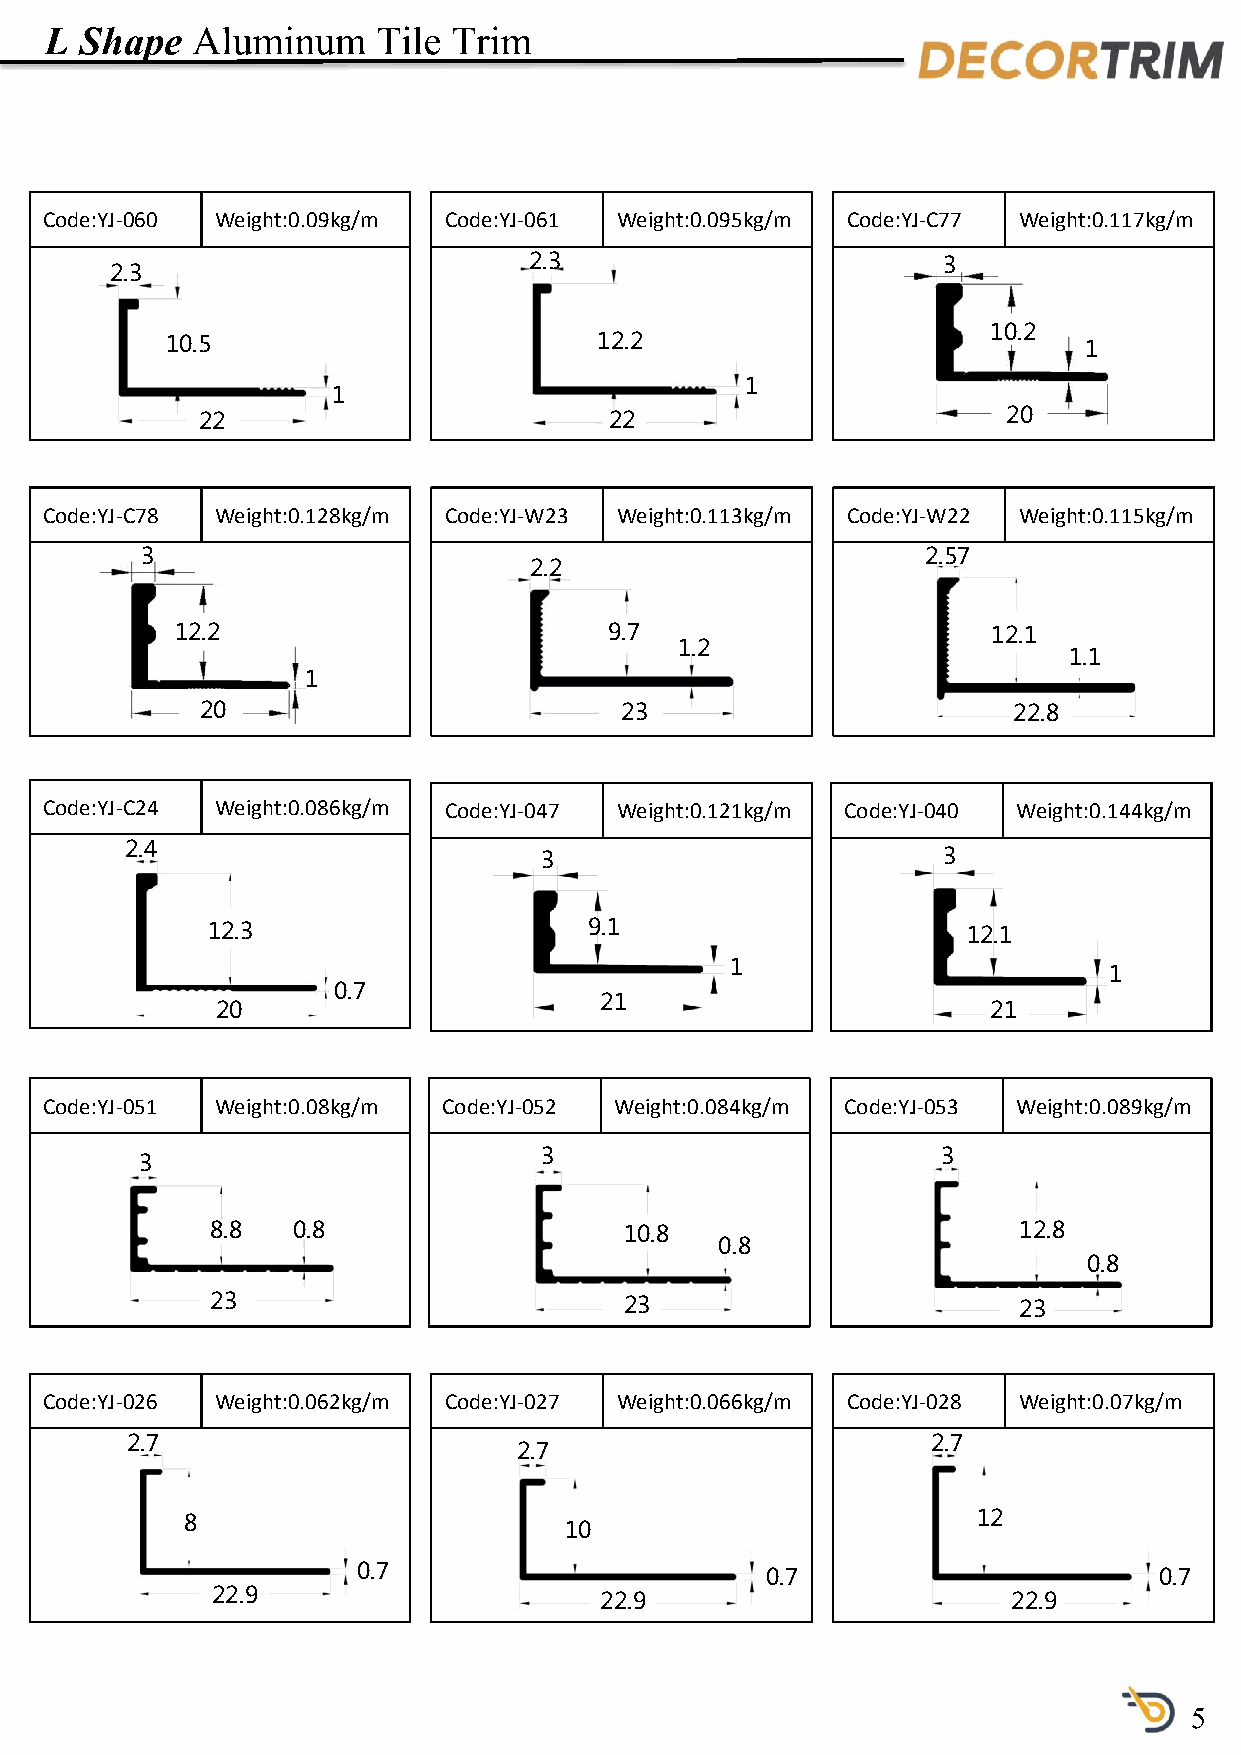
L Shape   Aluminum    Tile Trim
 Code:YJ-060 Weight:0.09kg/m Code:YJ-061 Weight:0.095kg/m Code:YJ-C77 Weight:0.117kg/m
 2.3                        3
 2.3
 10.2
 10.5                         12.2                            1
 1
 1
 22                         22                         20
 Code:YJ-C78 Weight:0.128kg/m Code:YJ-W23 Weight:0.113kg/m Code:YJ-W22 Weight:0.115kg/m
 3                                                   2.57
 2.2
 12.2                        9.7                       12.1
 1.2
 1.1
 1
 20                          23                        22.8
 Code:YJ-C24 Weight:0.086kg/m Code:YJ-047 Weight:0.121kg/m Code:YJ-040 Weight:0.144kg/m
 2.4
 3                         3
 12.3                     9.1                      12.1
 1
 1
 0.7
 21
 20                                                  21
 Code:YJ-051 Weight:0.08kg/m Code:YJ-052 Weight:0.084kg/m Code:YJ-053 Weight:0.089kg/m
 3                         3
 3
 8.8  0.8                   10.8                      12.8
 0.8
 0.8
 23                         23                        23
 Code:YJ-026 Weight:0.062kg/m Code:YJ-027 Weight:0.066kg/m Code:YJ-028 Weight:0.07kg/m
 2.7                                                   2.7
 2.7
 8                                                    12
 10
 0.7                        0.7                       0.7
 22.9                      22.9                       22.9
 5